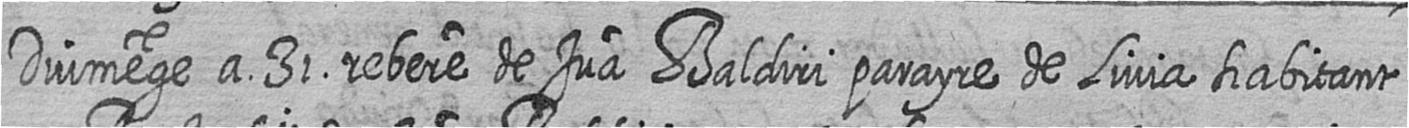
Diumege a 31 rebere de Jua Baldiri parayre de Livia habitant